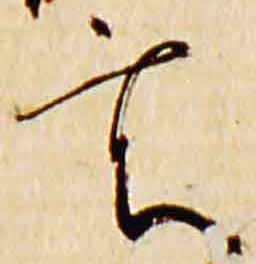
玄